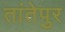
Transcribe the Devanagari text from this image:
तांतेपुर